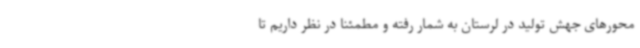
محورهای جهش تولید در لرستان به شمار رفته و مطمئناً در نظر داریم تا